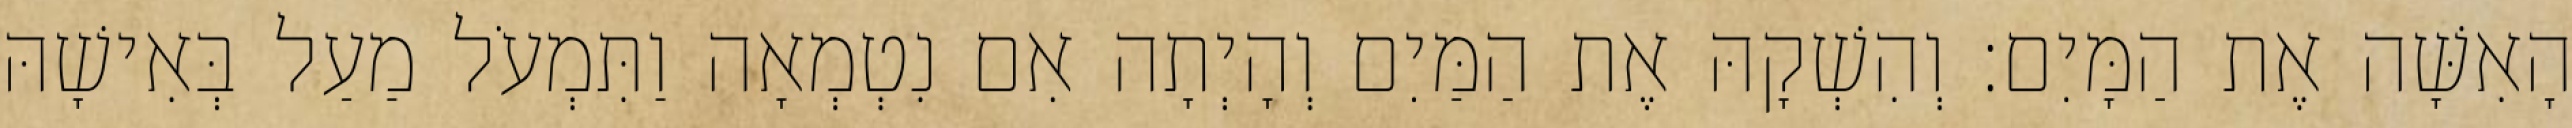
הָאִשָּׁה אֶת הַמָּיִם׃ וְהִשְׁקָהּ אֶת הַמַּיִם וְהָיְתָה אִם נִטְמְאָה וַתִּמְעֹל מַעַל בְּאִישָׁהּ